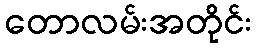
တောလမ်းအတိုင်း